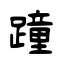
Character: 蹱